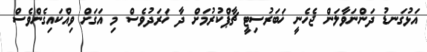
އަޅުގަނޑު ދަންނަވާލަން ޖެހެނީ ޚަބަރުސިޓީ ޗާޕްކުރުމަށް ދާ ޚަރަދުވެސް މި އަގަށް ވިއްކައިގެންވެސް